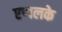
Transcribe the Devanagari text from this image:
एप्पलके